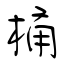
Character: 桶